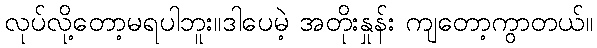
လုပ်လို့တော့မရပါဘူး။ဒါပေမဲ့ အတိုးနှုန်း ကျတော့ကွာတယ်။